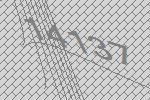
14137